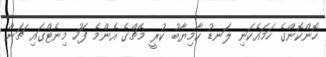
ހޮންކޮންގެ ހަމައެކަނި ލަނޑު ކާމިޔާބު ކުރީ މެޗްގެ އެންމެ ފަހު މިނެޓްގައި ޗަން